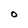
Character: O